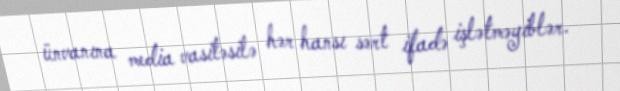
ünvanına media vasitəsilə hər hansı sərt ifadə işlətməyiblər.